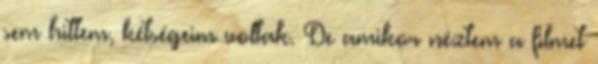
sem hittem, kétségeim voltak. De amikor néztem a filmet